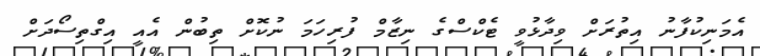
އެމަނިކުފާނު އިތުރަށް ވިދާޅުވީ ޓެކްސްގެ ނިޒާމް ފުރިހަމަ ނުކޮށް ތިބުން އެއީ އިގްތިސޯދަށް